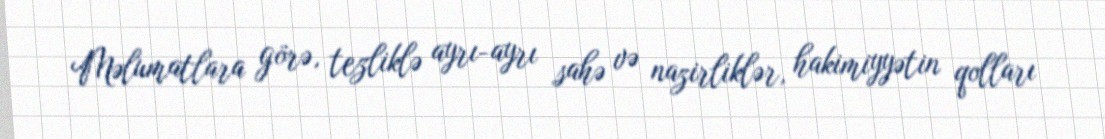
Məlumatlara görə, tezliklə ayrı-ayrı sahə və nazirliklər, hakimiyyətin qolları